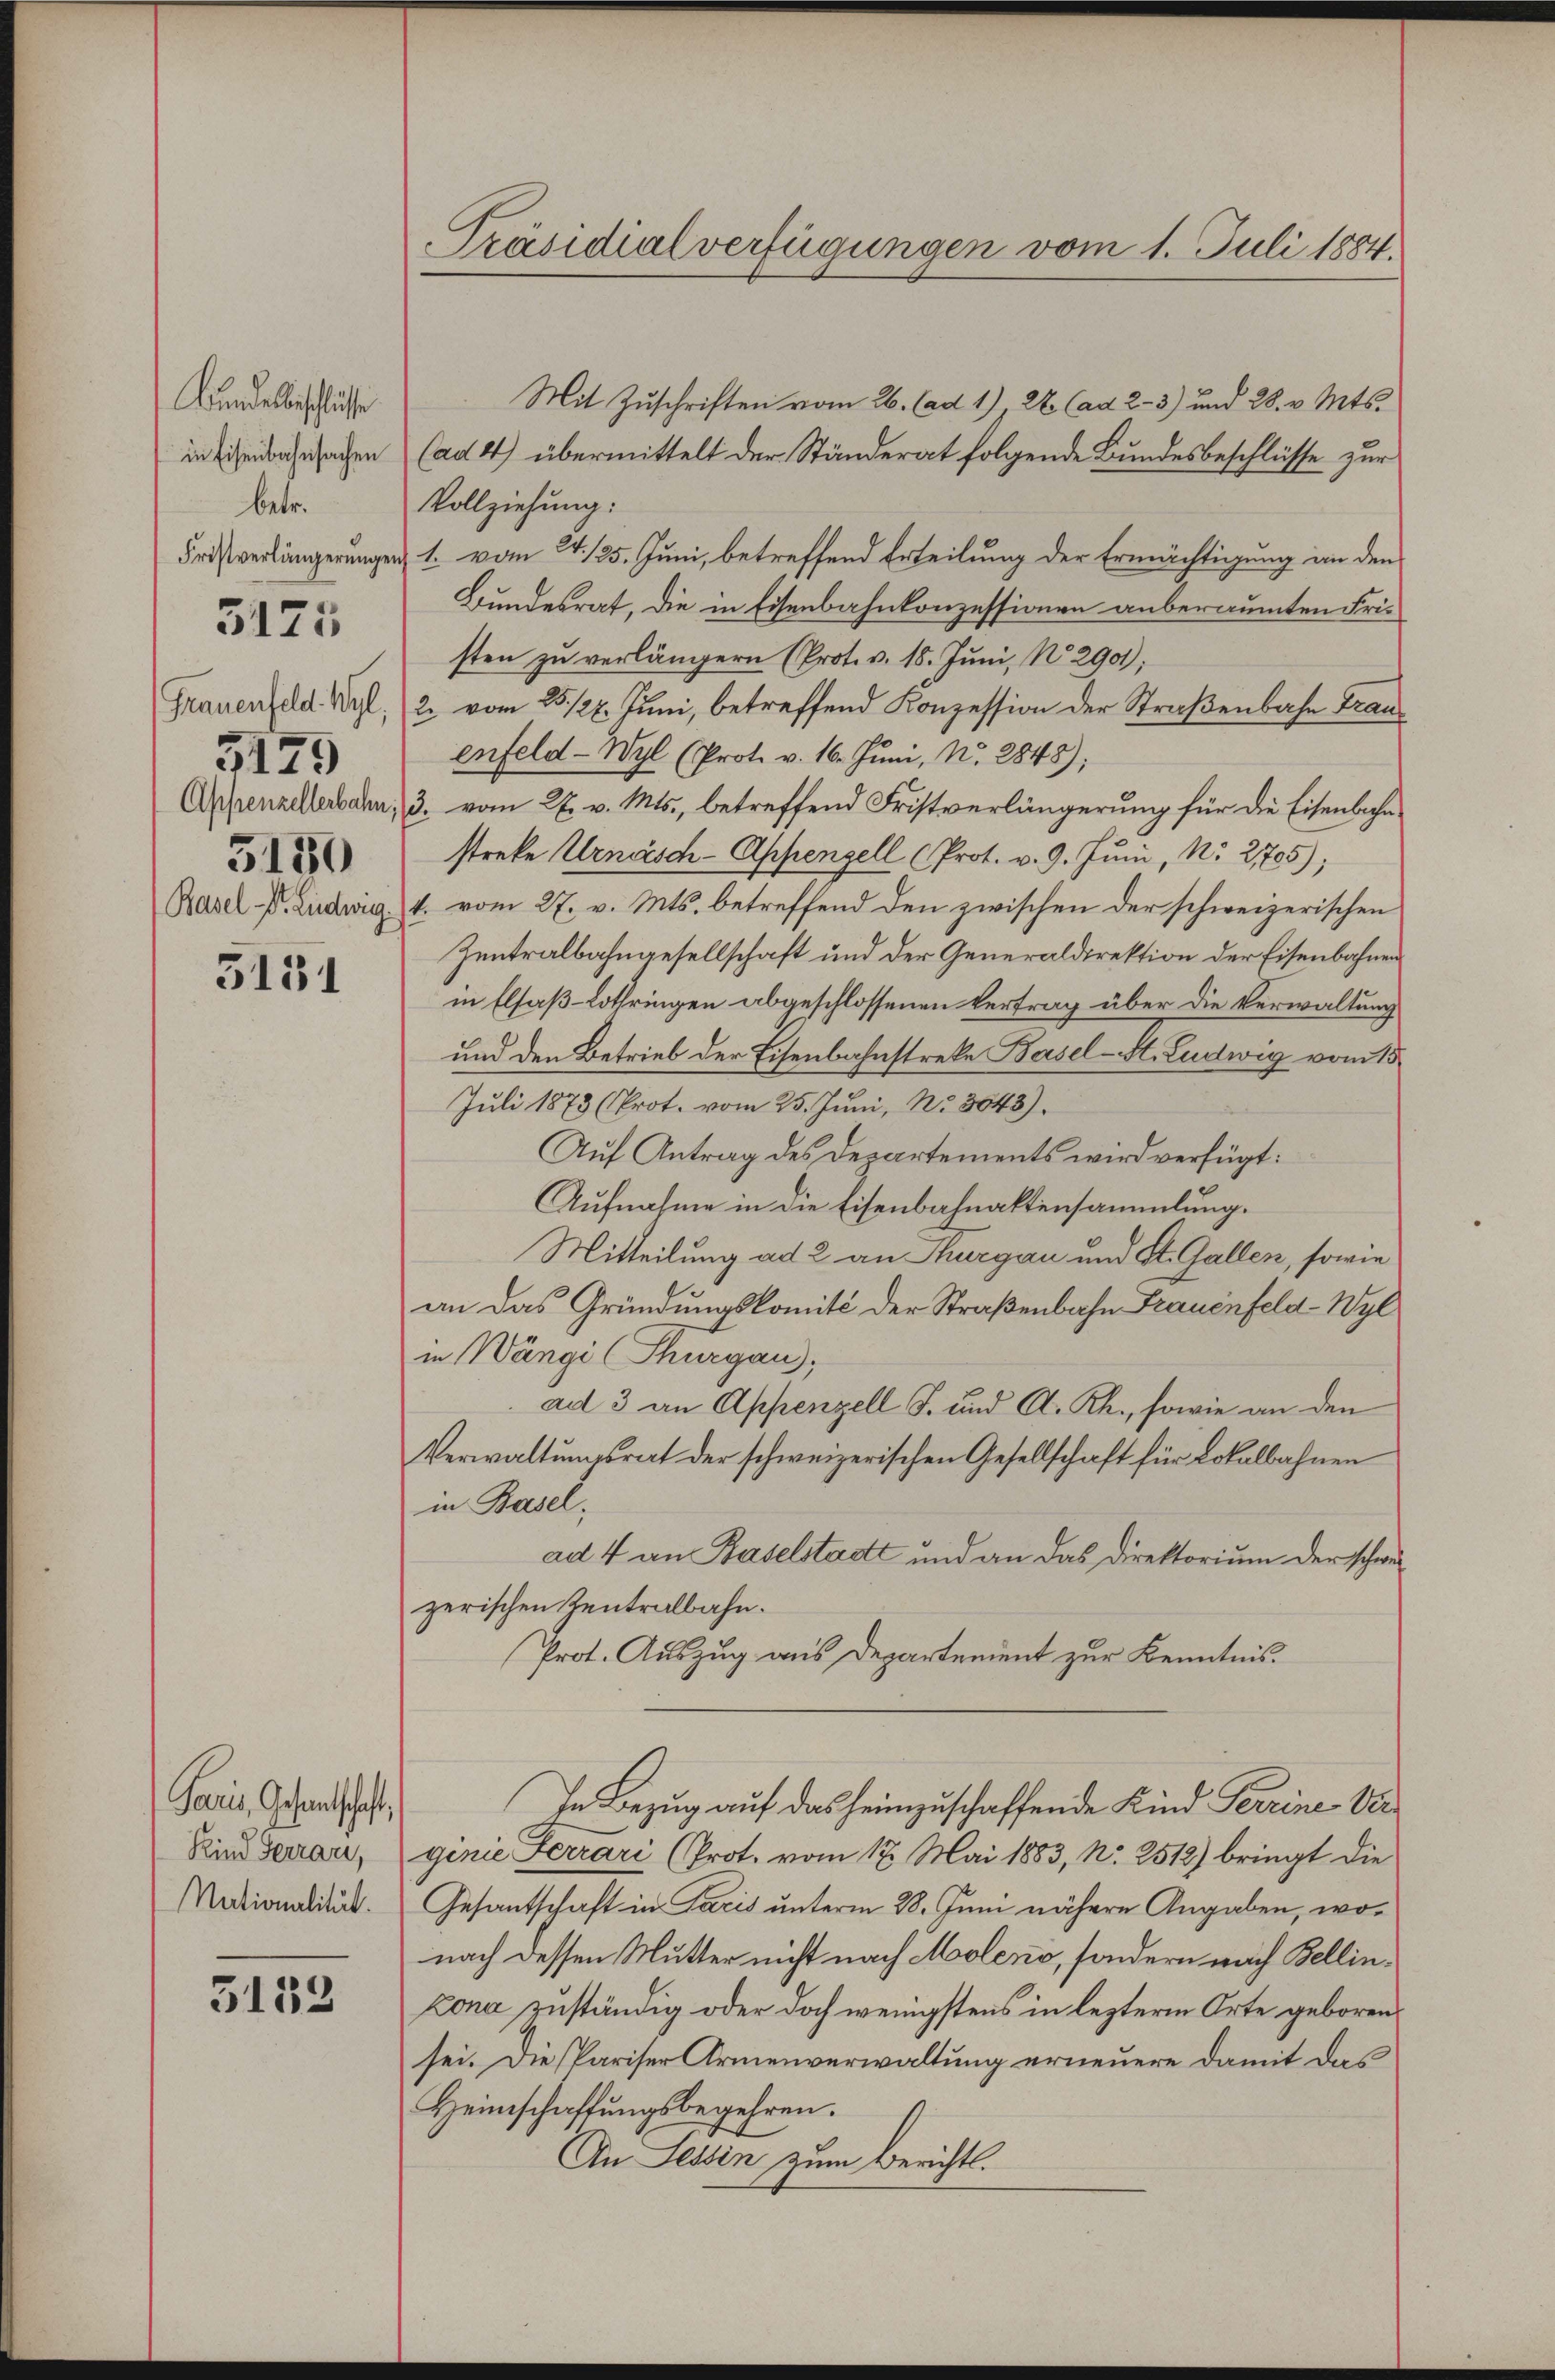
Bundesbeschlusse
in Eisenbahnsachen
betr.
Fristverlängerung
Frauenfeld. Wyl,
3129
Appenzellerbahn
5150
Basel Dr. Ludwig

3125

3131

Paris, Gesandtschaft
Kind Ferrar,
Nationalität.

3133

Präsidialverfügungen vom 1. Juli 1884.

Mit Zuschriften vom 26. (ad 1) 2 (ad 2.- 3) und 28. v. Mts.
(ad 4) übermittelt der Ständerat folgende Bundesbeschlüsse zur
Vollziehung:
1. vom 4./25. Juni, betreffend Erteilung der Ermächtigung an den
Bundesrat, die in Eisenbahnkonzessionen anberaumten Fristen zu verlängern (Prot. v. 18. Juni, No. 290);
2. vom 25. 127. Juni, betreffend Konzession der Straßenbahn Franenfeld- Wyl (Prot. v. 16. Juni, N. 2848);
3. vom 27. v. Mts., betreffend Fristverlängerung für die Eisenbahnstreke Urnäisch-Appenzell (Prot. v. 9. Juni, No 21705);
4. vom 27. v. Mts. betreffend den zwischen der schweizerischen
Zentralbahngesellschaft und der Generaldirektion der Eisenbahnen
in Elsaß-Lothringen abgeschlossenen Vertrag über die Verwaltung
und den Betrieb der Eisenbahnstreke Basel-St. Ludwig vom 15
Juli 1873 (Prot. vom 25. Juni, No. 3048).
Auf Antrag des Departements wird verfügt:
Aufnahme in die Eisenbahnaktensammlung.
Mitteilung ad 2 an Thurgau und St. Gallen, sowie
an das Gründungskomité der Straßenbahn Frauenfeld-Wyl
in Wängi Thurgau,
ad 3 an Appenzell S. und A. Rh., sowie an den
Verwaltungsrat der schweizerischen Gesellschaft für Lokalbahnen
in Basel;
ad 4 an Baselstadt und an das Direktorium der schwezerischen Zentralbahn.
Prot. Auszug aus Departement zur Kenntnis.
In Bezug auf das heimzuschaffende Kind Perrine Vergenie Ferrari (Prot. vom 17. Mai 1883, No. 2512) bringt die
Gesantschaft in Pacis unterm 28. Juni nähere Angaben, wonach dessen Mutter nicht nach Moleno, sondern nach Bellinzona zuständig oder doch wenigstens in lezterm Orte geboren,
sei. Die Pariser Armenverwaltung erneuere damit das
Heimschaffungsbegehren.
An Tessin zum Berichts.